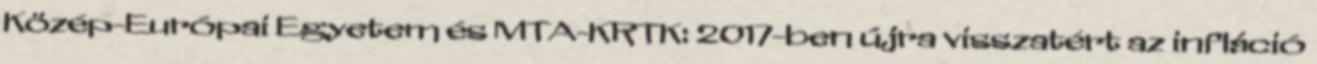
Közép-Európai Egyetem és MTA-KRTK: 2017-ben újra visszatért az infláció